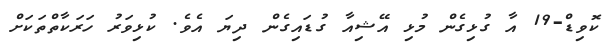
ކޮވިޑް-19 އާ ގުޅިގެން މުޅި އޭޝިއާ ގުޑައިގެން ދިޔަ އެވެ. ކުޅިވަރު ހަރަކާތްތަކަށް